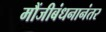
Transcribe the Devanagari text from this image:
मौंजीबंधनानंतर